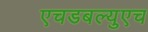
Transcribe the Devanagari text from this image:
एचडबल्युएच